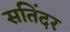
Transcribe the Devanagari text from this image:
सतिंदर